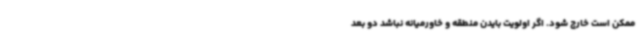
ممکن است خارج شود. اگر اولویت بایدن منطقه و خاورمیانه نباشد دو بعد